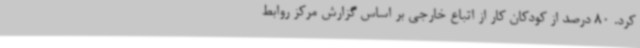
کرد. 80 درصد از کودکان کار از اتباع خارجی بر اساس گزارش مرکز روابط